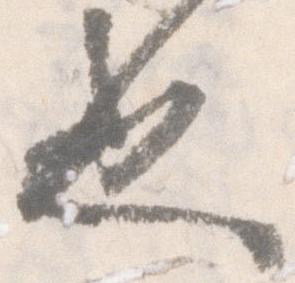
也